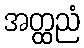
အတ္ထညံ